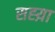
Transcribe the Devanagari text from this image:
सह्य़ा